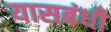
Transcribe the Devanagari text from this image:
यासबंधी